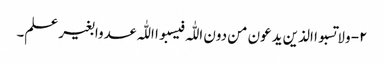
۲- ولا تسبوا الذین یدعون من دون اللّٰہ فیسبوا اللّٰہ عدوا بغیر علم۔